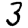
Digit: 3